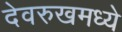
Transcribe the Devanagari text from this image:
देवरुखमध्ये